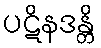
ပဋိနဒန္တိ